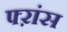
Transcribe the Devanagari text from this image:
फ्ऱांस